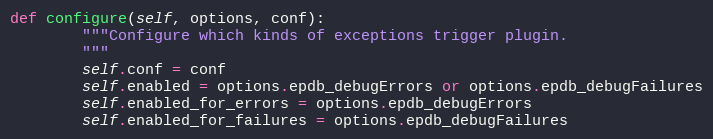
Language: Python
def configure(self, options, conf):
        """Configure which kinds of exceptions trigger plugin.
        """
        self.conf = conf
        self.enabled = options.epdb_debugErrors or options.epdb_debugFailures
        self.enabled_for_errors = options.epdb_debugErrors
        self.enabled_for_failures = options.epdb_debugFailures